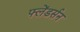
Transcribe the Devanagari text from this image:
फ्लेंडर्सन